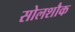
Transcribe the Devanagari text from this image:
सोलशौक